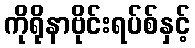
ကိုရိုနာဗိုင်းရပ်စ်နှင့်